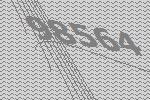
98564